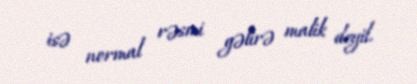
isə normal rəsmi gəlirə malik deyil.